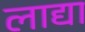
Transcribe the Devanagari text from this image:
लाद्या